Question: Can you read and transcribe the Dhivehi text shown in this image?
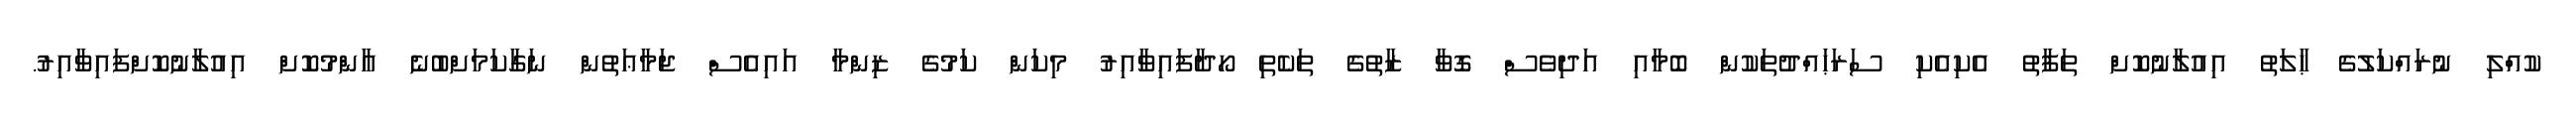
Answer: ކުއްލި ނުރައްކަލުގެ ޙާލަތު އިއުލާނުކޮށް ތަފާތު އެކިއެކި ސަރަޙައްދުތަކުން ބޮމާއި އަދިވެސް ގޮވާ ޒާތުގެ ތަކެތި ހޯދާފައިވާއިރު މިކަން ކަމުގެ ޒިންމާ އައިއެސް ޖަމާޢަތުން ނަގާކަމަށްބުނެ އާންމުކޮށް އިއުލާނުކޮށްފައިވާއިރު.